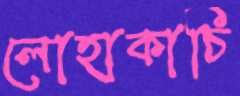
লোহাকাচি